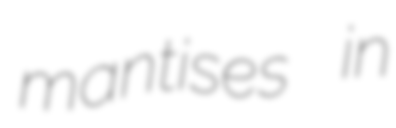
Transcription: mantises in